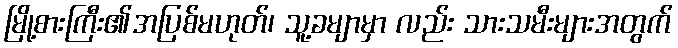
မြို့စားကြီး၏အပြစ်မဟုတ်၊ သူ့ခမျာမှာ လည်း သားသမီးများအတွက်